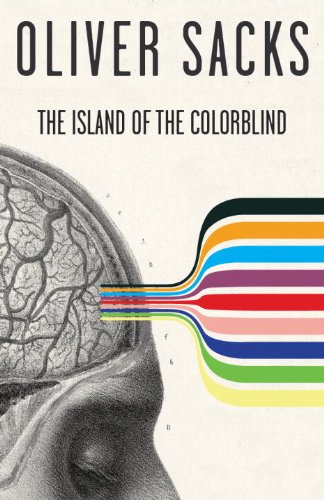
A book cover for The Island of the Colorblind; Oliver Sacks; Science & Math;